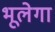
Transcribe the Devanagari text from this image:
भूलेगा